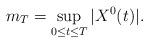
LaTeX: \begin{align*}m_{T}=\sup_{0\leq t\leq T}|X^{0}(t)|. \end{align*}